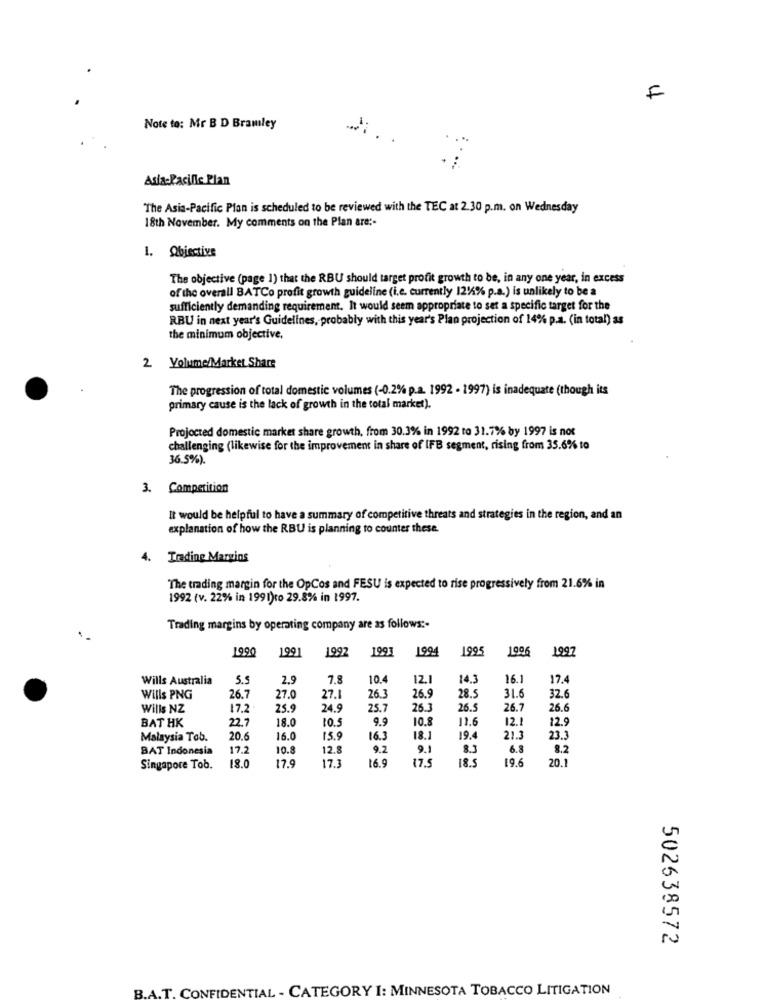
F
Note to: Mr B D Bramley
Asia-Pacific Plan
The Asia-Pacific Plan is scheduled to be reviewed with the TEC at 2.30 p.m. on Wednesday
18th November. My comments on the Plan are :-
1. Obiective
The objective (page 1) that the RBU should target profit growth to be, in any one year, in excess
of the overall BATCo profit growth guideline (i.e. currently 12%% p.a.) is unlikely to be a
sufficiently demanding requirement. It would seem appropriate to set a specific target for the
RBU in next year's Guidelines, probably with this year's Plan projection of 14% p.a. (in total) as
the minimum objective,
2 Volume/Market Share
The progression of total domestic volumes (-0.2% p.a. 1992 - 1997) is inadequate (though its
primary cause is the lack of growth in the total market).
Projected domestic market share growth, from 30.3% in 1992 to 31.7% by 1997 is not
challenging (likewise for the improvement in share of IFB segment, rising from 35.6% to
36.5%).
3. Competition
It would be helpful to have a summary of competitive threats and strategies in the region, and an
explanation of how the RBU is planning to counter these.
4.
Trading Margins
The trading margin for the OpCos and FESU is expected to rise progressively from 21.6% in
1992 (v. 22% in 1991)to 29.8% in 1997.
Trading margins by operating company are as follows :-
1990
1992
1991
1994
199
1006
1997
1991
Wills Australia
5.5
2.9
7.8
10.4
12.1
14.3
16.1
17.4
32.6
Wills PNG
26.7
27.0
27.1
26.3
26.9
28.5
31.6
Wills NZ
17.2
25.9
24.9
25.7
26.3
26.5
26.7
26.6
BAT HK
22.7
18.0
9.9
10.8
11.6
12.1
12.9
Malaysia Tob.
20.6
16.0
15.9
16.3
18.1
19.
21.3
23.3
BAT Indonesia
17.2
10.8
12.8
9.2
9.1
8.3
6.8
8.2
18.0
7.9
17.3
16.9
18.
19.6
20.
Singapore Tob.
502638572
B.A.T. CONFIDENTIAL - CATEGORY I: MINNESOTA TOBACCO LITIGATION